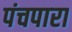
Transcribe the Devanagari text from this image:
पंचपारा